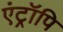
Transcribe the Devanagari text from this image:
एंट्रॉपि